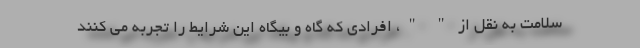
سلامت به نقل از " "، افرادی که گاه و بیگاه این شرایط را تجربه می کنند